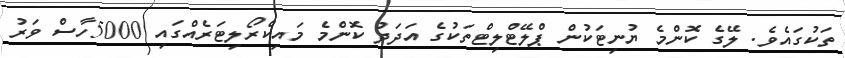
ތަކުގައެވެ. ލޭގެ ކޮންމެ ޔުނިޓަކުން ޕްލޭޓްލިޓްތަކުގެ އަދަދު ކޮންމެ މައިކްރޯލިޓަރެއްގައި 5000ހާސް ވަރު